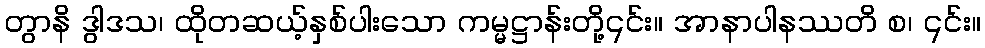
တွာနိ ဒွါဒသ၊ ထိုတဆယ့်နှစ်ပါးသော ကမ္မဋ္ဌာန်းတို့၎င်း။ အာနာပါနဿတိ စ၊ ၎င်း။